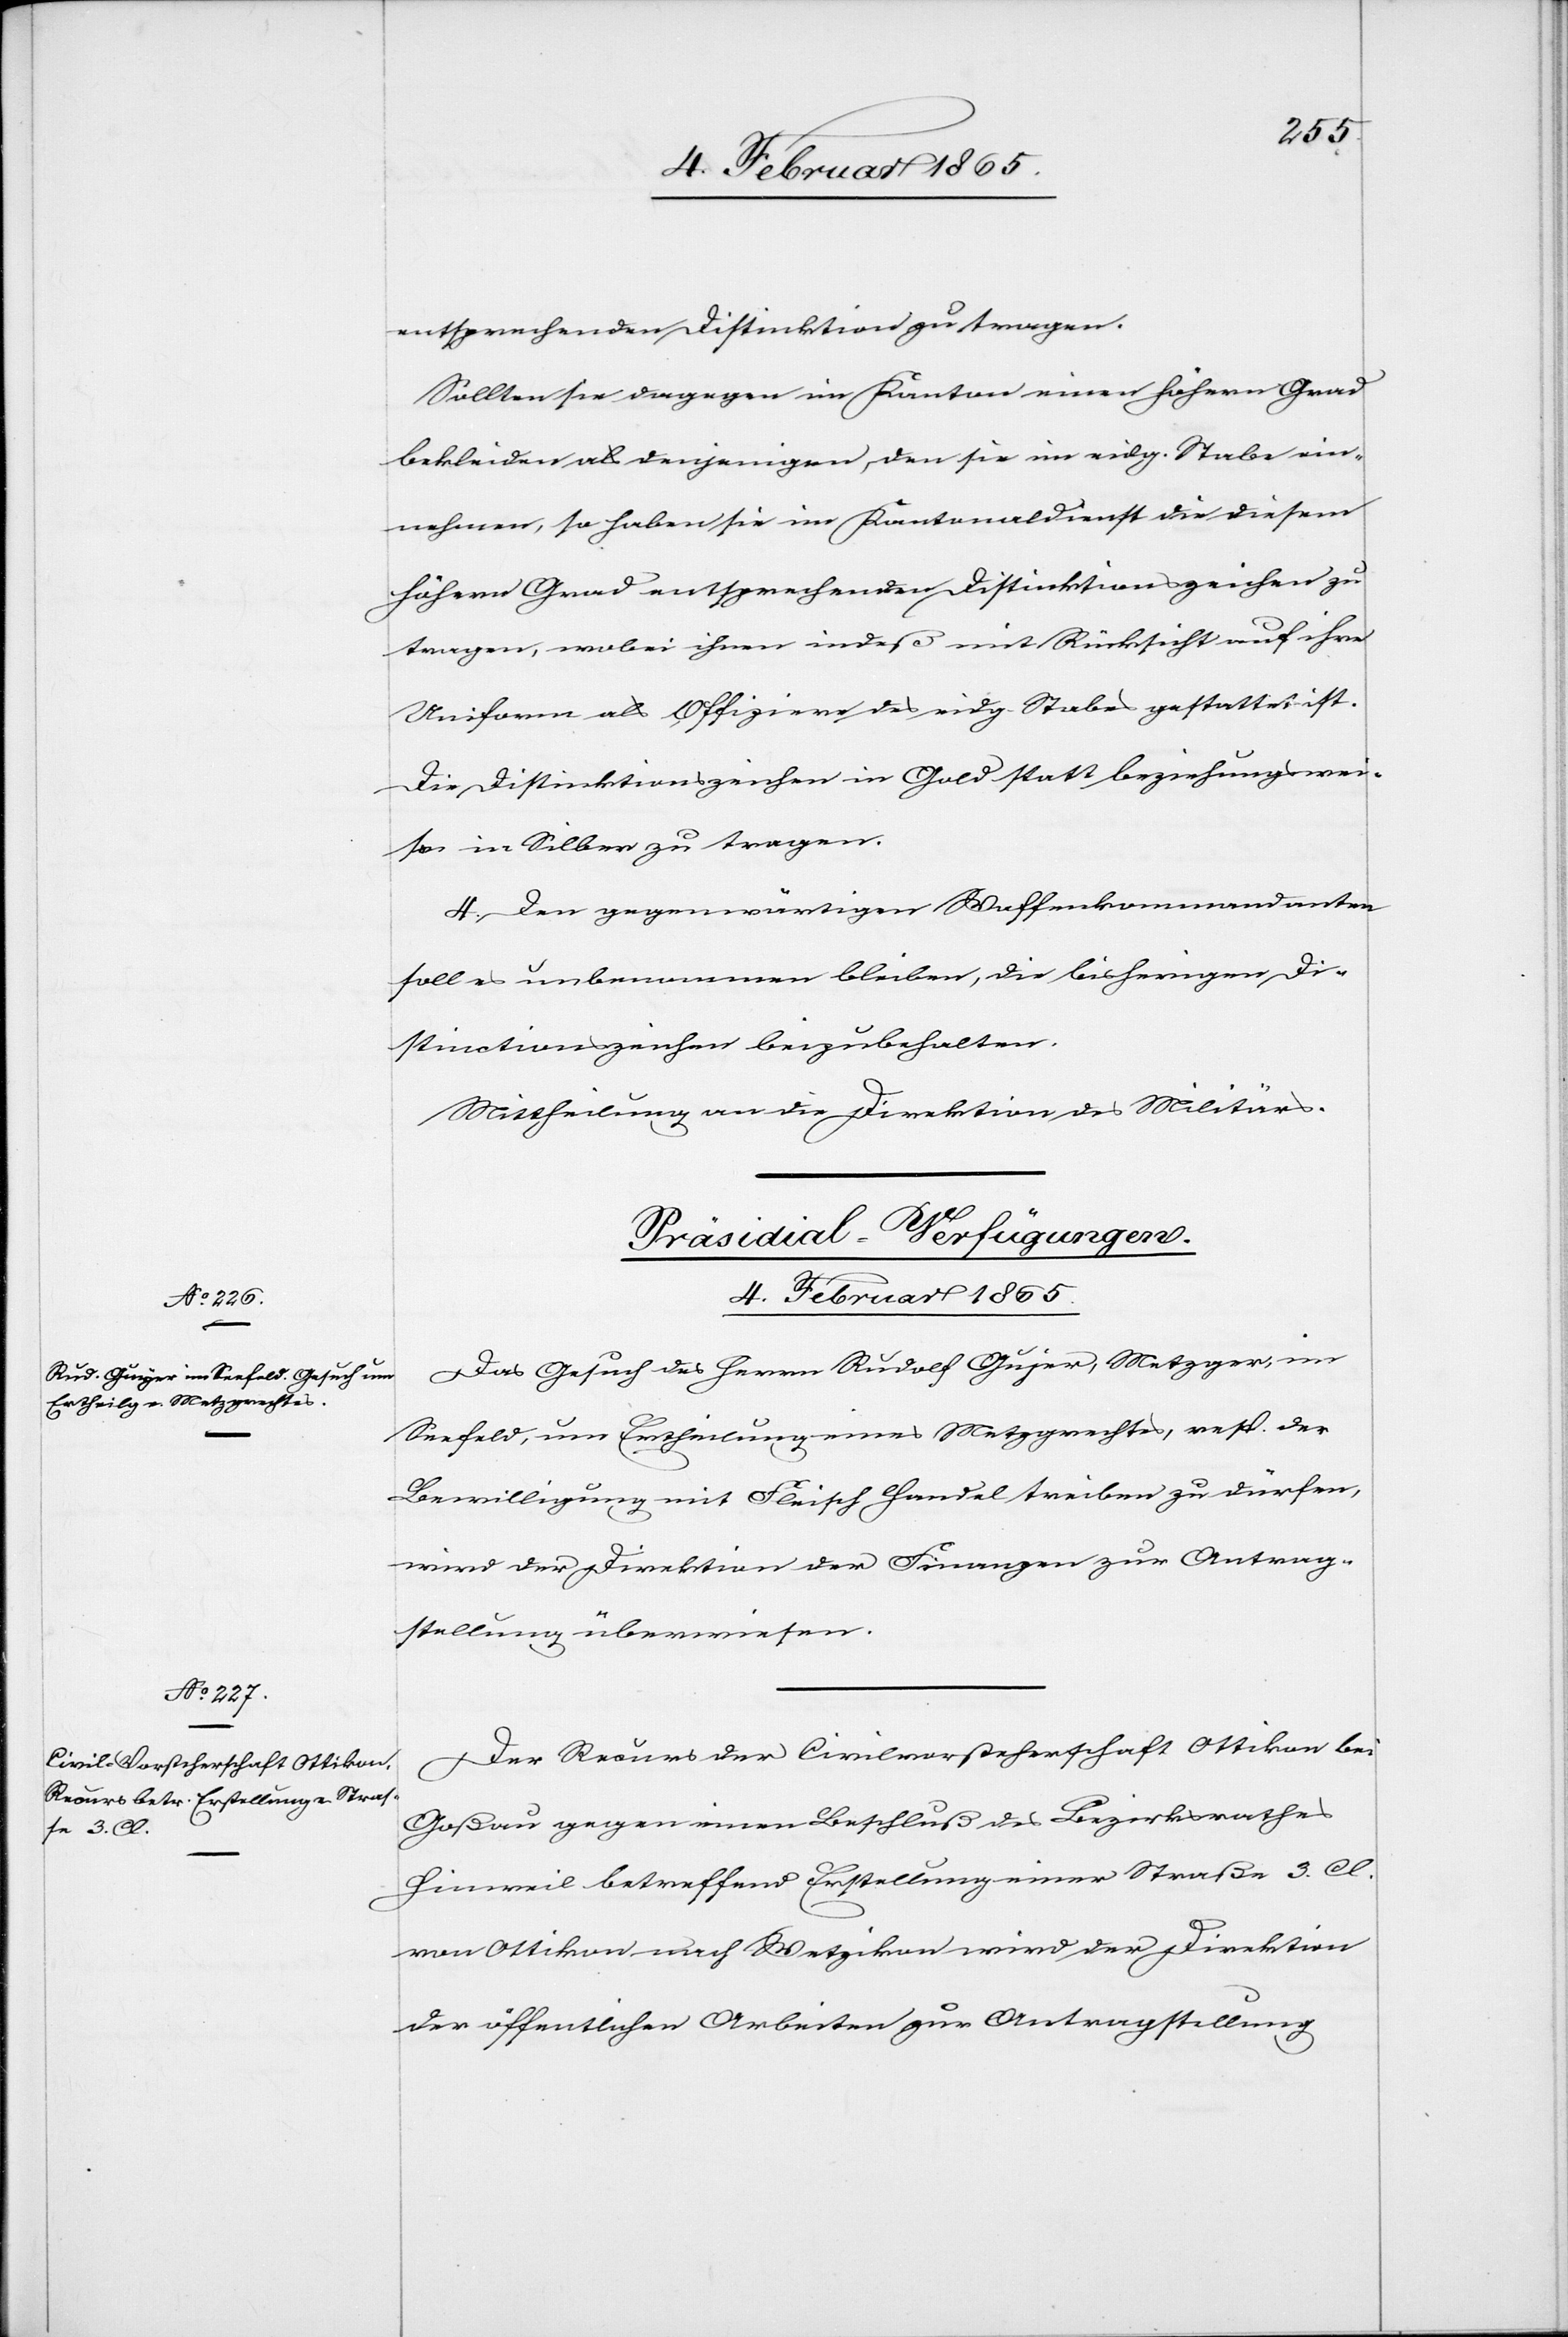
entsprechenden Distinktion zu tragen.
Sollten sie dagegen im Kanton einen höhern Grad
bekleiden als denjenigen, den sie im eidg. Stabe ein¬
nehmen, so haben sie im Kantonaldienst die diesem
höhern Grad entsprechenden Distinktionszeichen zu
tragen, wobei ihnen indeß mit Rücksicht auf ihre
Uniform als Offiziere des eidg. Stabes gestattet ist.
Die Distinktionszeichen in Gold statt beziehungswei¬
se in Silber zu tragen.
4. Den gegenwärtigen Waffenkommandanten
soll es unbenommen bleiben, die bisherigen Di¬
stinctionszeichen beizubehalten.
Mittheilung an die Direktion des Militärs.
[Präsidial-Verfügungen.
4. Februar 1865.]
Das Gesuch des Herrn Rudolf Gujer, Metzger, im
Seefeld, um Ertheilung eines Metzgrechtes, resp. der
Bewilligung mit Fleisch Handel treiben zu dürfen,
wird der Direktion der Finanzen zur Antrag¬
stellung überwiesen.
Der Recurs der Civilvorsteherschaft Ottikon bei
Goßau gegen einen Beschluß des Bezirksrathes
Hinweil betreffend Erstellung einer Straße 3. Cl.
von Ottikon nach Wetzikon wird der Direktion
der öffentlichen Arbeiten zur Antragstellung